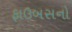
ફાઉબસનો